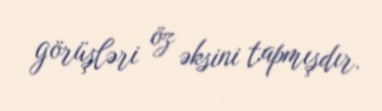
görüşləri öz əksini tapmışdır.